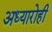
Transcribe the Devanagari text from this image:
अध्यारोही